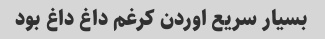
بسیار سریع اوردن کرغم داغ داغ بود